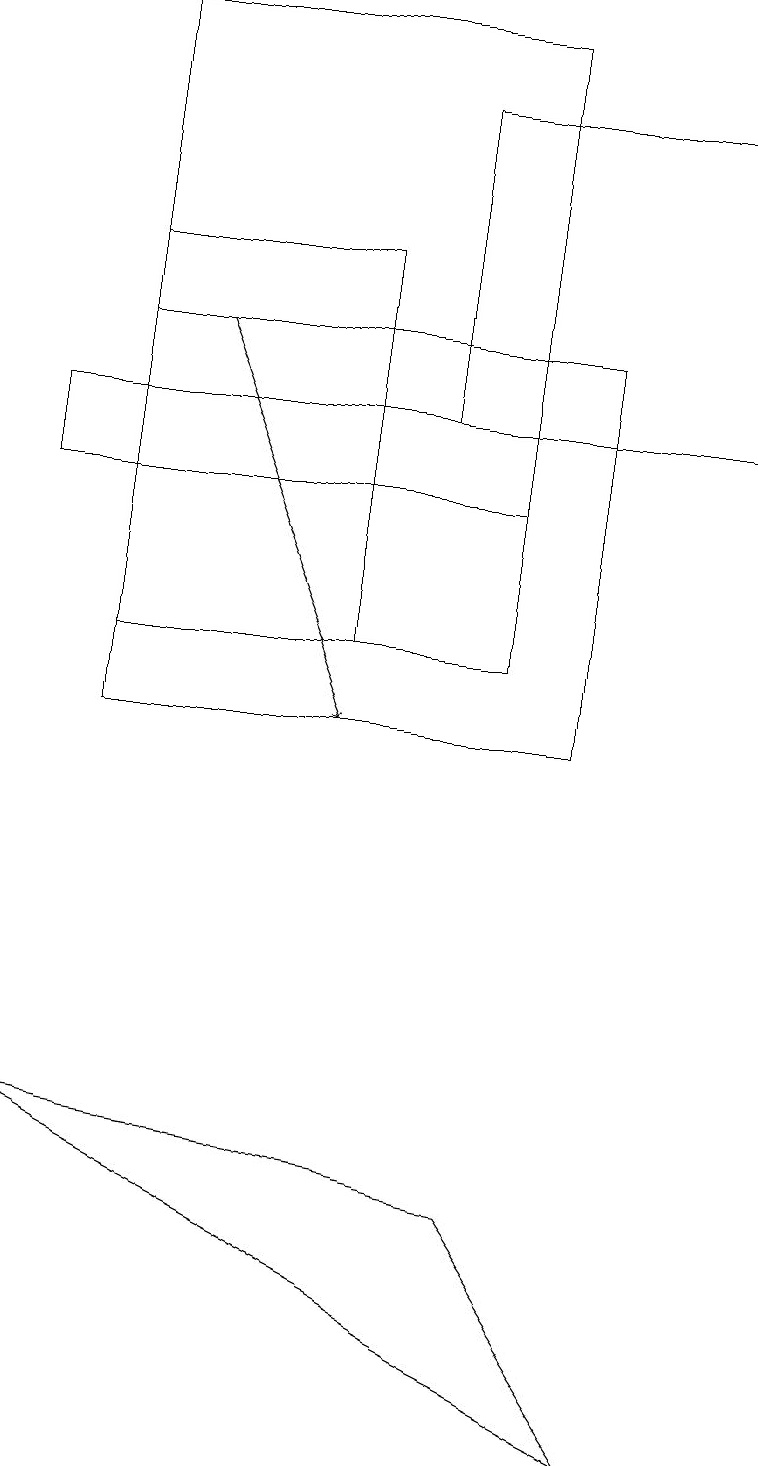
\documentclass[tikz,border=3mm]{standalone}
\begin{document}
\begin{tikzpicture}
\draw (7,10) rectangle (1,15);
\draw (0,13) rectangle (6,14);
\draw[->] (2,15) -- (4,10);
\draw (4,11) rectangle (1,16);
\draw (8,1) -- (6,4) -- (0,5) -- cycle;
\draw (1,19) rectangle (6,11);
\draw (5,18) rectangle (9,14);
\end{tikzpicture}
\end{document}